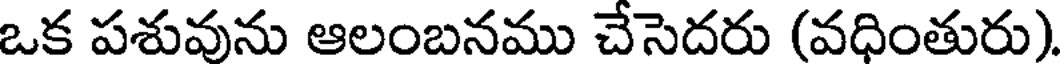
ఒక పశువును ఆలంబనము చేసెదరు (వధింతురు)